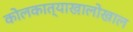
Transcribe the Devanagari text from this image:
कोलकात्याखालोखाल